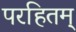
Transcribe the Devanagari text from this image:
परहितम्